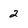
Character: 2